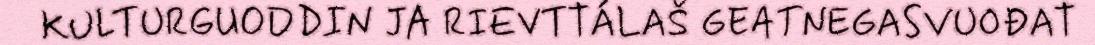
KULTURGUODDIN JA RIEVTTÁLAŠ GEATNEGASVUOĐAT